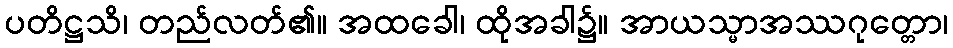
ပတိဋ္ဌသိ၊ တည်လတ်၏။ အထခေါ၊ ထိုအခါ၌။ အာယသ္မာအဿဂုတ္တော၊